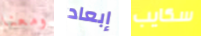
ومعنا إبعاد سكايب